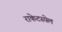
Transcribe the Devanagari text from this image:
राकेटस्पेल